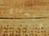
ونحتاج